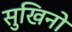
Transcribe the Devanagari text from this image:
सुखिनो